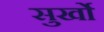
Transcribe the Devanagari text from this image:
सुर्खो